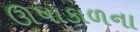
ઊષાકાળના